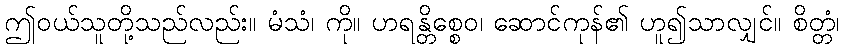
ဤဝယ်သူတို့သည်လည်း။ မံသံ၊ ကို။ ဟရန္တိစ္စေဝ၊ ဆောင်ကုန်၏ ဟူ၍သာလျှင်။ စိတ္တံ၊